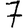
Digit: 7